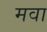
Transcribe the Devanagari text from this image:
मवा